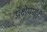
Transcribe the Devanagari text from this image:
प्रक्षेपण।